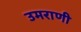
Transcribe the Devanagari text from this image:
उमराणी